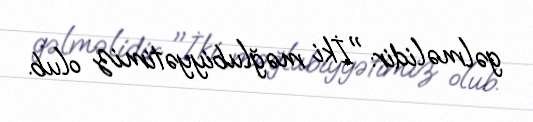
gəlməlidir: "İki məğlubiyyətimiz olub.